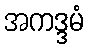
အကဒ္ဒမံ